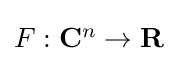
{\textstyle F:\mathbf {C} ^{n}\rightarrow \mathbf {R} }